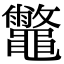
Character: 𪔀